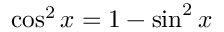
\cos ^ { 2 } x = 1 - \sin ^ { 2 } x